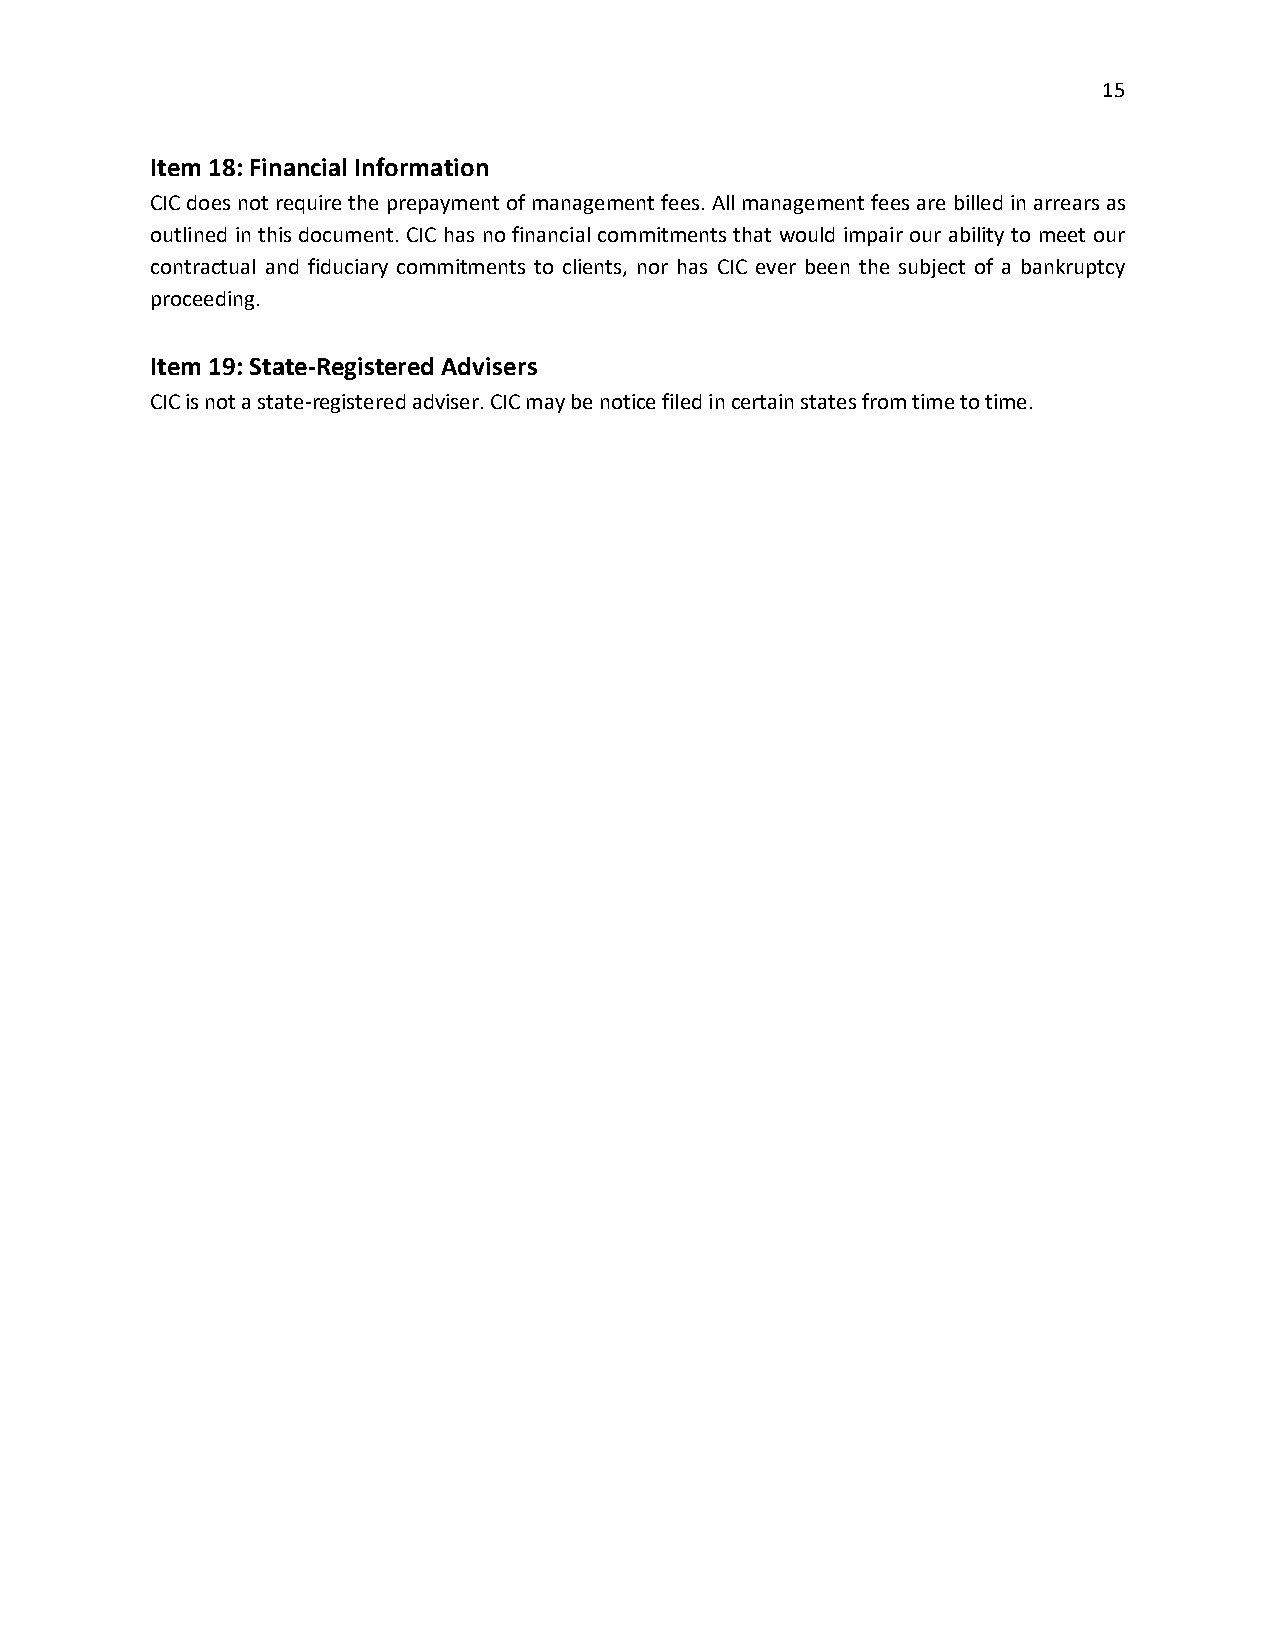
15
 Item 18: Financial Information
 CIC does not require the prepayment of management fees. All management fees are billed in arrears as
 outlined in this document. CIC has no financial commitments that would impair our ability to meet our
 contractual and fiduciary commitments to clients, nor has CIC ever been the subject of a bankruptcy
 proceeding.
 Item 19: State-Registered Advisers
 CIC is not a state-registered adviser. CIC may be notice filed in certain states from time to time.